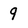
Character: 9